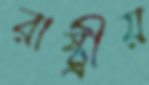
রাষ্ট্রীয়